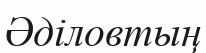
Әділовтың